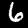
Label: 6